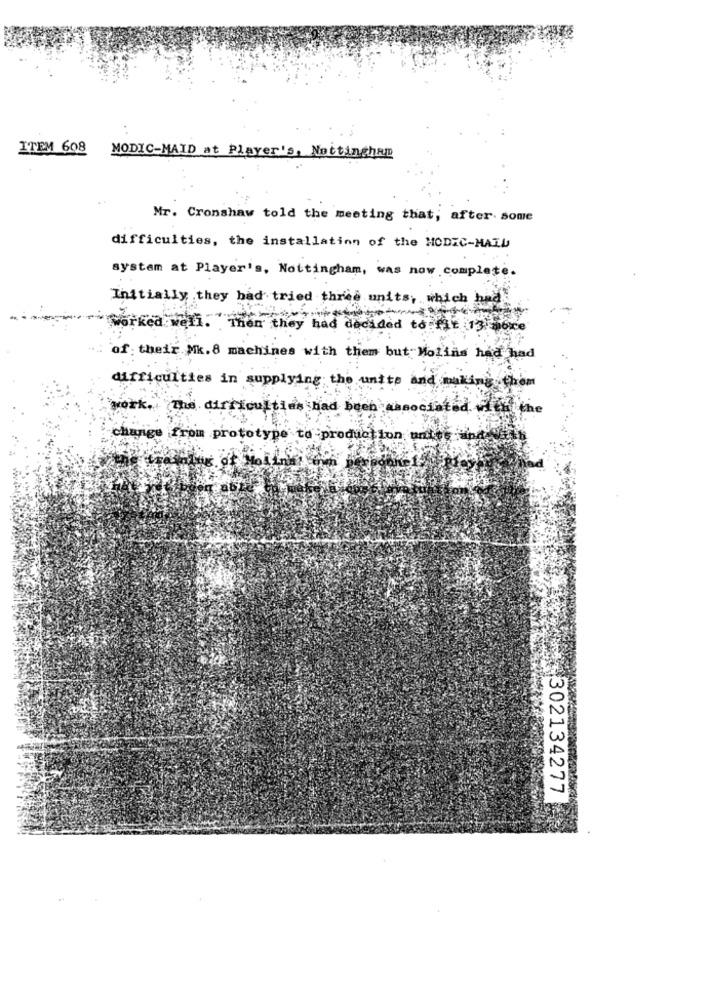
ITEM 608
MODIC-MAID at Player's, Nottingham
Mr. Cronshaw told the meeting that; after some
difficulties, the installation of the MODIC-MAIL
system at Player's, Nottingham, was now complete.
Initially they had tried three units, which had
worked well. Then they had decided to fiE 13 more
of : their Mk. 8 machines with them but Molins had had
difficulties in supplying the unite and making them
work, The dirtfou
had been associated with the
change from prototype to pr
duction untos
302134277